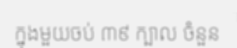
ក្នុងមួយចប់ ៣៩ ក្បាល ចំនួន